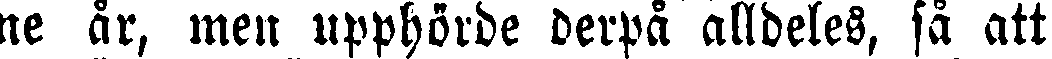
ne år, men upphörde derpå alldeles, så att